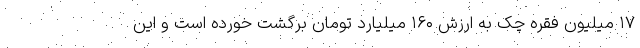
۱۷ میلیون فقره چک به ارزش ۱۶۰ میلیارد تومان برگشت خورده است و این